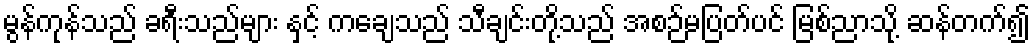
မွန်ကုန်သည် ခရီးသည်များ နှင့် ကချေသည် သီချင်းတို့သည် အစဉ်မပြတ်ပင် မြစ်ညာသို့ ဆန်တက်၍